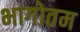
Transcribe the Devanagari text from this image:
भागोतम